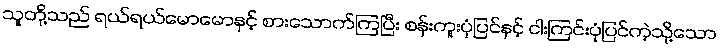
သူတို့သည် ရယ်ရယ်မောမောနှင့် စားသောက်ကြပြီး စန်းကူးပုံပြင်နှင့် ငါးကြင်းပုံပြင်ကဲ့သို့သော